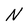
Character: N